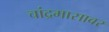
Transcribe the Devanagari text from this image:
चांद्रमासावर